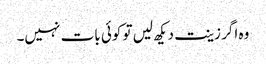
وہ اگر زینت دیکھ لیں تو کوئی بات نہیں۔